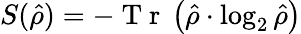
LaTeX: S(\hat{\rho})=-\mathrm{~T~r~}\left(\hat{\rho}\cdot\log_{2}\hat{\rho}\right)